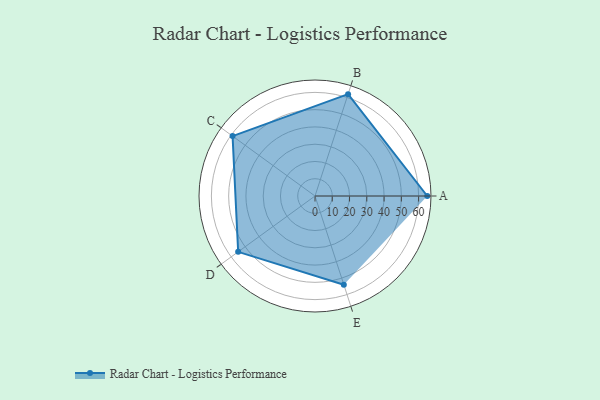
{"axis": {"x": "Skill", "y": "Score"}, "legend": ["Profile"], "data": [{"x": "A", "y": 65.0, "type": "Profile"}, {"x": "B", "y": 62.0, "type": "Profile"}, {"x": "C", "y": 59.0, "type": "Profile"}, {"x": "D", "y": 55.0, "type": "Profile"}, {"x": "E", "y": 54.0, "type": "Profile"}]}